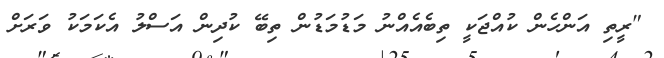
"ރީތި އަންހެން ކުއްޖަކީ ތިބެއެއްނު މަޑުމަޑުން ތިބޭ ކުދިން އަސްލު އެކަމަކު ވަރަށް